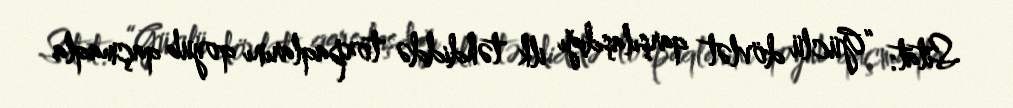
Sitat: “Güclü dövlət qarşılaşdığı ilk təhdiddə torpaqlarını qoyub qaçmaqla